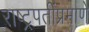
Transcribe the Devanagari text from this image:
राष्ट्रपतींप्रमाणे